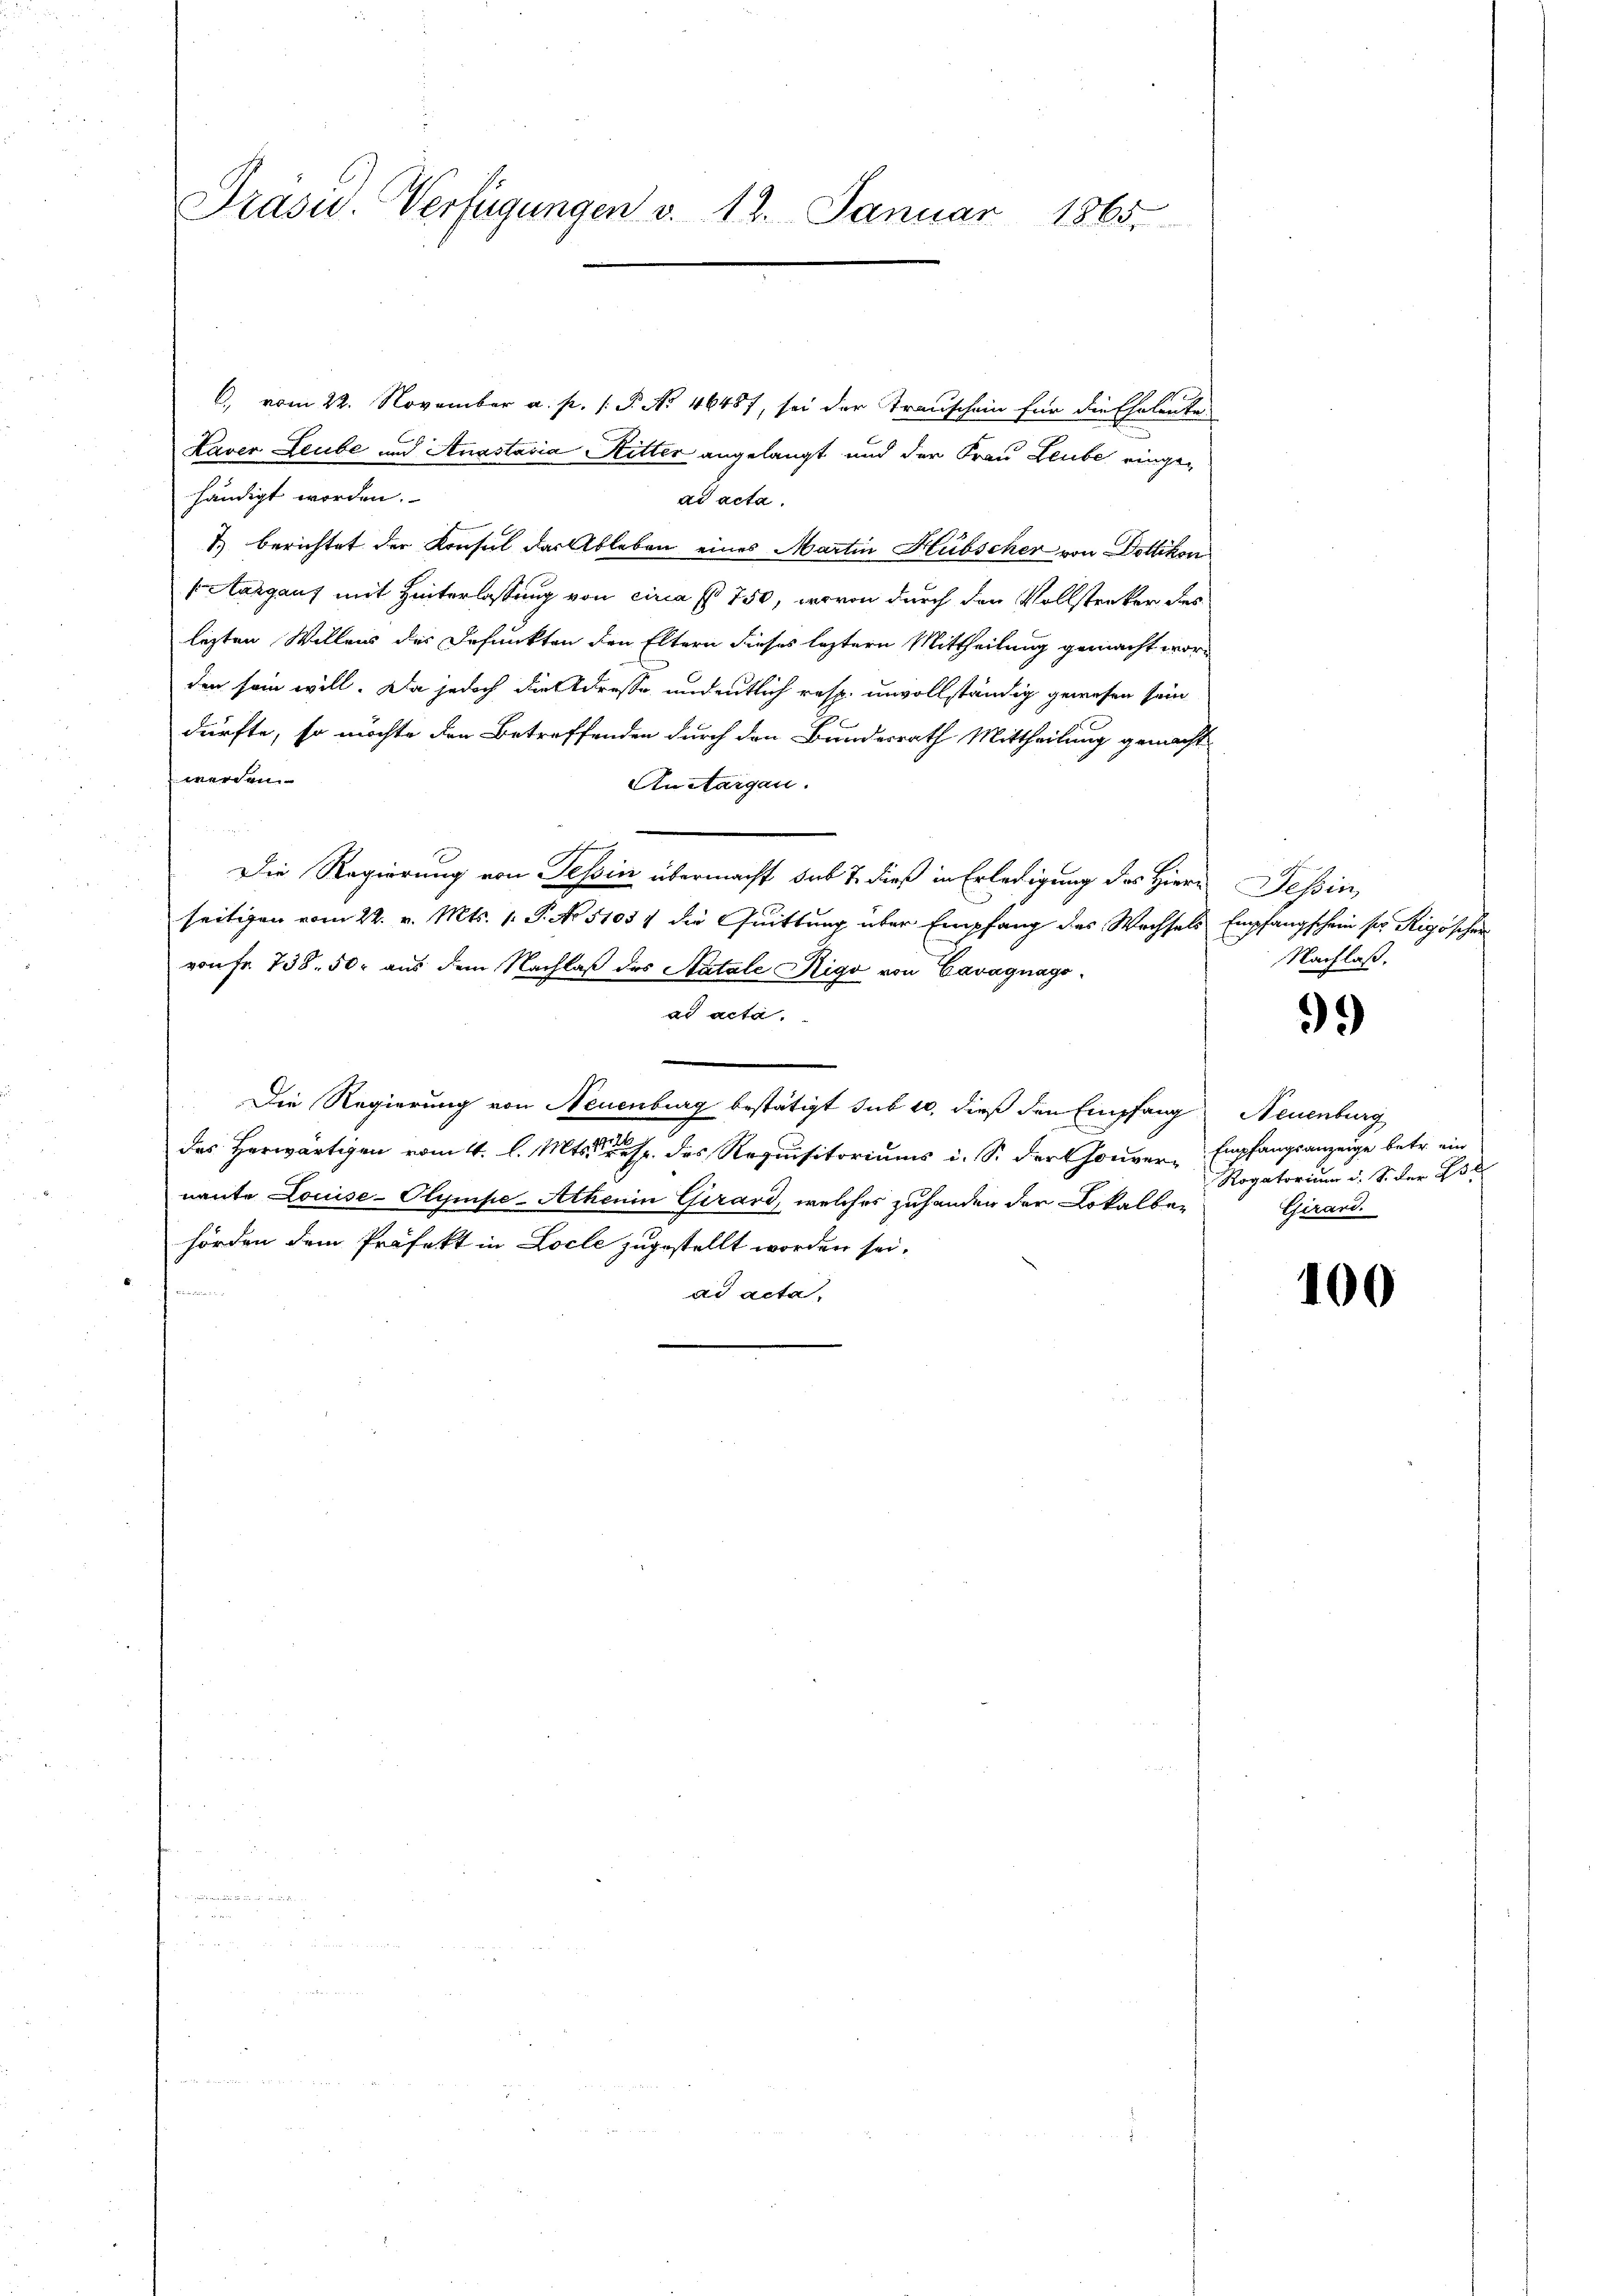
C., vom 22. November a. p. 1. P. Nr. 46487, sei der Transchein für die Eheleute
Kaver Leube und Anastasia Ritter angelangt und der Frau Leube eingehändigt worden.
ad acta.
1) berichtet der Konsul das Ableben eines Martin Hübscher von Dottikon
Aargaus mit Hinterlassung von circa fl. 750, wovon durch den Vollstreker des
lezten Willens des Defunkten den Eltern dieses leztern Mittheilung gemacht worden sein will. Da jedoch die Adresse und entlich resp. unvollständig gewesen sein
dürfte, so möchte den Betreffenden durch den Bundesrath Mittheilung gemacht
werden.
AuAargau.
t
Die Regierung von Tessin übermacht sub 7. dieß in Erledigung des Hierseitigen vom 22. v. Mts. 1. P. No 51054 die Quittung über Empfang des Wechsels Empfangschein ser Rigoschen
von Fr. 758. 50. aus dem Nachlaß des Katale Rigo von Cavagnagoad acta.
Die Regierung von Neuenburg bestätigt sub 10, dieß den Empfang
des Herwärtigen vom 4. l. Mts. es des Requisitoriums i. S. dorthouver Empfangsanzeige betr. ein
nante Louise-Olympe-Achenin Girard, welches zuhander der Lokalber
hörden dem Präfekt in Locle zugestellt worden sei.
he
ad acta.

Präsid. Verfügungen v. 12. Januar 1865.

Tessin
Nachlaß.

)

Neuenburg
Rogatorium d. S. der E
Girard.

100